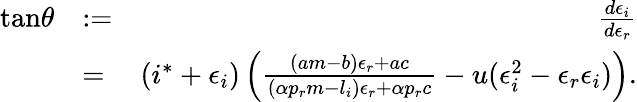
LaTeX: \begin{array}{rlr}{\mathrm{tan}\theta}&{:=}&{\frac{d\epsilon_{i}}{d\epsilon_{r}}}\\ &{=}&{(i^{*}+\epsilon_{i})\left(\frac{(am-b)\epsilon_{r}+ac}{(\alpha p_{r}m-l_{i})\epsilon_{r}+\alpha p_{r}c}-u(\epsilon_{i}^{2}-\epsilon_{r}\epsilon_{i})\right).}\end{array}